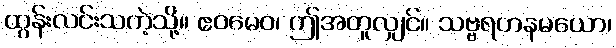
ထွန်းလင်းသကဲ့သို့။ ဧဝမေဝ၊ ဤအတူလျှင်။ သဗ္ဗရတနမယော၊